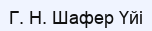
Г. Н. Шафер Үйі